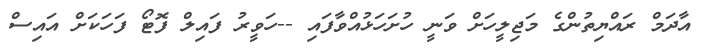
އާދަމް ރައްޔިތުންގެ މަޖިލީހަށް ވަނީ ހުށަހަޅުއްވާފައި --ހަވީރު ފައިލް ފޮޓޯ ފަހަކަށް އައިސް